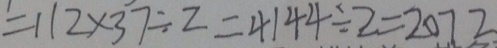
= 1 1 2 \times 3 7 \div 2 = 4 1 4 4 \div 2 = 2 0 7 2